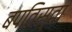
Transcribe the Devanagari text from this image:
बपतिस्ता